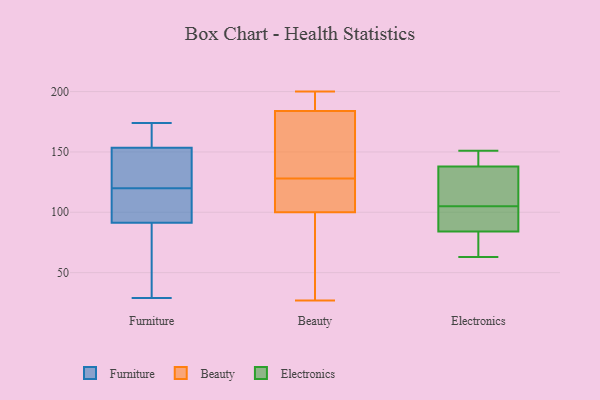
{"axis": {"x": "Operating Costs (USD K)", "y": "Value"}, "legend": ["Beauty", "Electronics", "Furniture"], "data": [{"x": "", "y": 143, "type": "Furniture"}, {"x": "", "y": 91, "type": "Furniture"}, {"x": "", "y": 92, "type": "Furniture"}, {"x": "", "y": 157, "type": "Furniture"}, {"x": "", "y": 124, "type": "Furniture"}, {"x": "", "y": 120, "type": "Furniture"}, {"x": "", "y": 174, "type": "Furniture"}, {"x": "", "y": 29, "type": "Furniture"}, {"x": "", "y": 93, "type": "Furniture"}, {"x": "", "y": 91, "type": "Furniture"}, {"x": "", "y": 166, "type": "Furniture"}, {"x": "", "y": 137, "type": "Beauty"}, {"x": "", "y": 184, "type": "Beauty"}, {"x": "", "y": 100, "type": "Beauty"}, {"x": "", "y": 52, "type": "Beauty"}, {"x": "", "y": 105, "type": "Beauty"}, {"x": "", "y": 190, "type": "Beauty"}, {"x": "", "y": 27, "type": "Beauty"}, {"x": "", "y": 200, "type": "Beauty"}, {"x": "", "y": 114, "type": "Beauty"}, {"x": "", "y": 27, "type": "Beauty"}, {"x": "", "y": 47, "type": "Beauty"}, {"x": "", "y": 115, "type": "Beauty"}, {"x": "", "y": 183, "type": "Beauty"}, {"x": "", "y": 193, "type": "Beauty"}, {"x": "", "y": 149, "type": "Beauty"}, {"x": "", "y": 160, "type": "Beauty"}, {"x": "", "y": 195, "type": "Beauty"}, {"x": "", "y": 119, "type": "Beauty"}, {"x": "", "y": 91, "type": "Electronics"}, {"x": "", "y": 73, "type": "Electronics"}, {"x": "", "y": 63, "type": "Electronics"}, {"x": "", "y": 114, "type": "Electronics"}, {"x": "", "y": 96, "type": "Electronics"}, {"x": "", "y": 123, "type": "Electronics"}, {"x": "", "y": 147, "type": "Electronics"}, {"x": "", "y": 84, "type": "Electronics"}, {"x": "", "y": 138, "type": "Electronics"}, {"x": "", "y": 151, "type": "Electronics"}]}